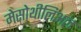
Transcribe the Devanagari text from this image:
मेसोथीलिअल